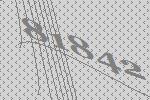
81842